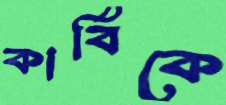
কার্বিকে